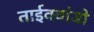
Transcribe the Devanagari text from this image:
ताईक्वांडो